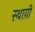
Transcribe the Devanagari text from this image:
स्थाय़ी